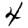
Digit: 4